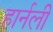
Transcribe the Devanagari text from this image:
हार्नली